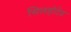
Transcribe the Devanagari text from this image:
सिलहोटेड